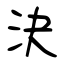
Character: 決